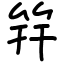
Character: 筓